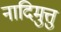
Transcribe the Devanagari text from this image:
नादिमुत्तु